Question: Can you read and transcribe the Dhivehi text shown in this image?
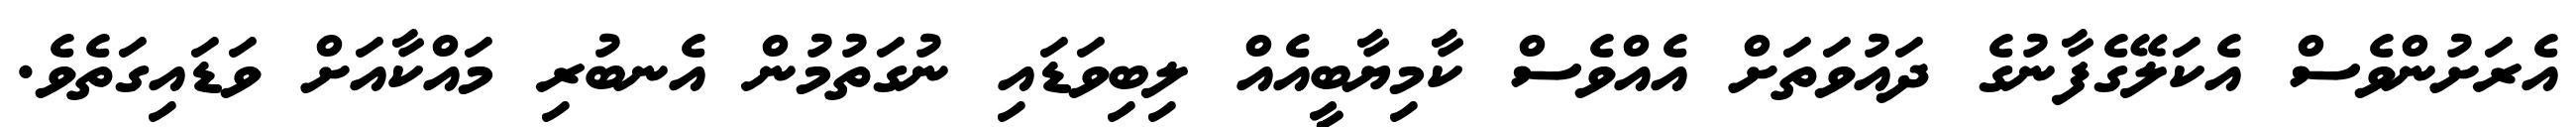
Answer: އެރަށުންވެސް އެކަލޭގެފާނުގެ ދައުވަތަށް އެއްވެސް ކާމިޔާބީއެއް ލިބިވަޑައި ނުގަތުމުން އެނބުރި މައްކާއަށް ވަޑައިގަތެވެ.